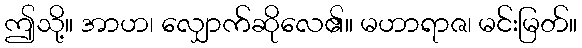
ဤသို့။ အာဟ၊ လျှောက်ဆိုလေ၏။ မဟာရာဇ၊ မင်းမြတ်။